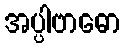
အပ္ပါဗာဓော